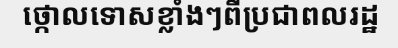
ថ្កោលទោសខ្លាំងៗពីប្រជាពលរដ្ឋ